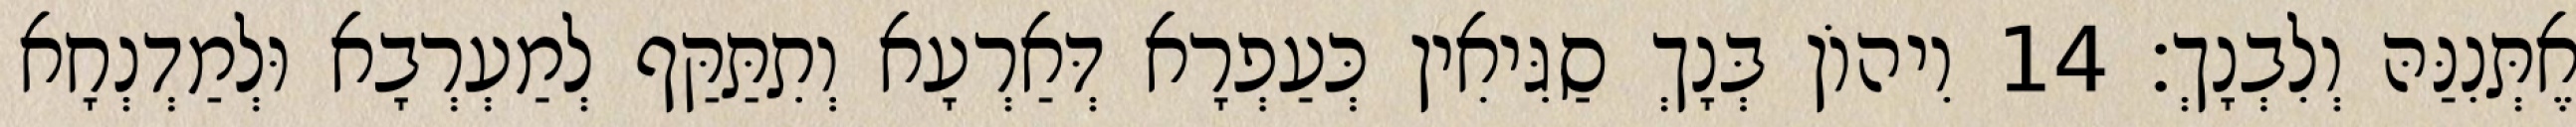
אֶתְּנִנַּהּ וְלִבְנָךְ׃ 14 וִיהוֹן בְּנָךְ סַגִּיאִין כְּעַפְרָא דְּאַרְעָא וְתִתַּקַּף לְמַעְרְבָא וּלְמַדְנְחָא